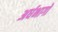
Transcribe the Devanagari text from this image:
अर्धभागों